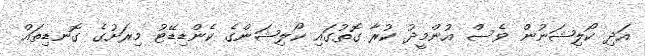
އަދި ކޯލިޝަނުން ވެސް އުންމީދު ކުރާ ގޮތުގައި ކޯލިޝަންގެ ކެންޑިޑޭޓު މިރަށުގެ ގޮނޑިތައް